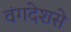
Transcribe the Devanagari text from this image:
वंगदेशसे